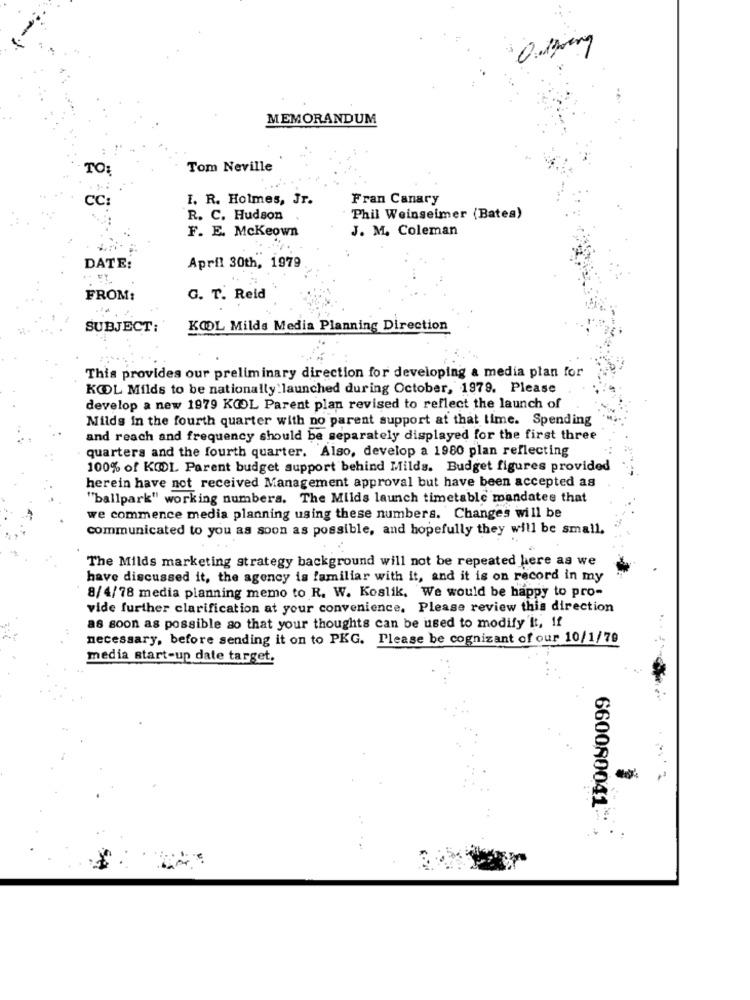
MEMORANDUM
TO:
Tom Neville
CC:
I. R. Holmes, Jr.
Fran Canary
R. C. Hudson
Phil Weinseimer (Bates)
J. M. Coleman
F. E. Mckeown
DATE:
April 30th, 1979
FROM:
G. T. Reid
SUBJECT:
KOOL Milds Media Planning Direction
This provides our preliminary direction for developing a media plan for
KOOL Milds to be nationally.launched during October, 1979. Please
develop a new 1979 KOOL Parent plan revised to reflect the launch of
Milds in the fourth quarter with no parent support at that time. Spending
and reach and frequency should be separately displayed for the first three
quarters and the fourth quarter. Also, develop a 1980 plan reflecting
100% of KØL Parent budget support behind Milds. Budget figures provided
herein have not received Management approval but have been accepted as
"ballpark" working numbers. The Milds launch timetable mandates that
we commence media planning using these numbers. Changes will be
communicated to you as soon as possible, and hopefully they will be small.
The Milds marketing strategy background will not be repeated here as we
have discussed it, the agency is familiar with it, and it is on record in my
8/4/78 media planning memo to R. W. Koslik, We would be happy to pro-
vide further clarification at your convenience. Please review this direction
as soon as possible ao that your thoughts can be used to modify'It, If
necessary, before sending it on to PKG. Please be cognizant of our 10/1/79
media start-up date target.
660080041